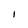
Character: I